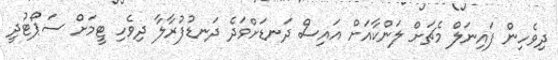
ދިވެހިން ފައިނަލް މެޗަށް ލަންކާއަށް އައިސް ދަނޑަށްވަދެ ދަނޑުފުރާލާ ދިވެހި ޓީމަށް ސަޕޯޓުދީ